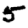
Digit: 5